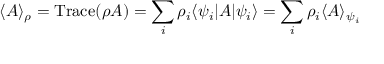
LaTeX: \langle A \rangle _ { \rho } = \mathrm { T r a c e } ( \rho A ) = \sum _ { i } \rho _ { i } \langle \psi _ { i } | A | \psi _ { i } \rangle = \sum _ { i } \rho _ { i } \langle A \rangle _ { \psi _ { i } }